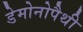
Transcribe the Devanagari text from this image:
डेमोनोपैथी